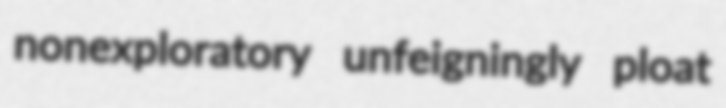
nonexploratory unfeigningly ploat